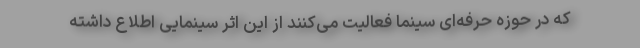
که در حوزه حرفه‌ای سینما فعالیت می‌کنند از این اثر سینمایی اطلاع داشته